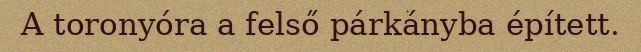
A toronyóra a felső párkányba épített.